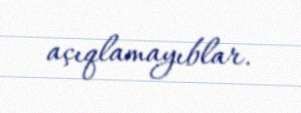
açıqlamayıblar.